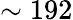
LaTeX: \sim 192